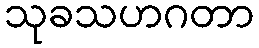
သုခသဟဂတာ